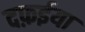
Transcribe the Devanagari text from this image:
दफ़ईया